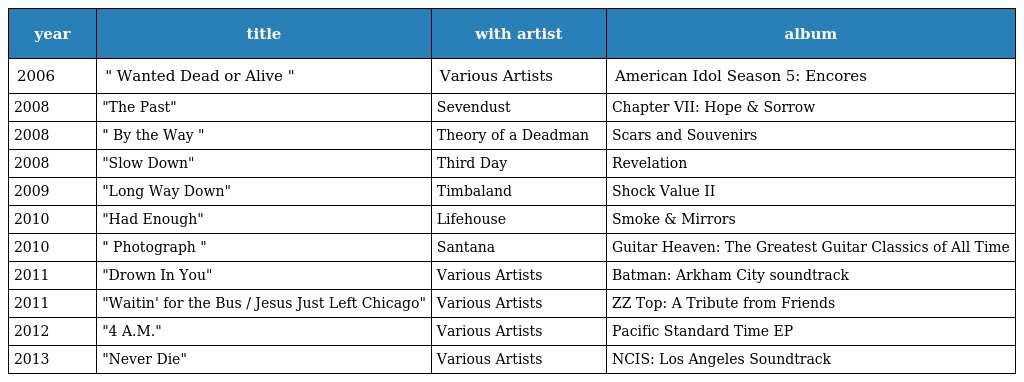
| year | title | with artist | album |
 | --- | --- | --- | --- |
 | 2006 | " Wanted Dead or Alive " | Various Artists | American Idol Season 5: Encores |
 | 2008 | "The Past" | Sevendust | Chapter VII: Hope & Sorrow |
 | 2008 | " By the Way " | Theory of a Deadman | Scars and Souvenirs |
 | 2008 | "Slow Down" | Third Day | Revelation |
 | 2009 | "Long Way Down" | Timbaland | Shock Value II |
 | 2010 | "Had Enough" | Lifehouse | Smoke & Mirrors |
 | 2010 | " Photograph " | Santana | Guitar Heaven: The Greatest Guitar Classics of All Time |
 | 2011 | "Drown In You" | Various Artists | Batman: Arkham City soundtrack |
 | 2011 | "Waitin' for the Bus / Jesus Just Left Chicago" | Various Artists | ZZ Top: A Tribute from Friends |
 | 2012 | "4 A.M." | Various Artists | Pacific Standard Time EP |
 | 2013 | "Never Die" | Various Artists | NCIS: Los Angeles Soundtrack |